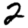
Digit: 2